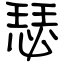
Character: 瑟